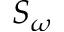
S _ { \omega }